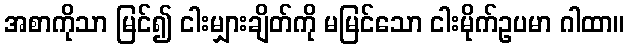
အစာကိုသာ မြင်၍ ငါးမျှားချိတ်ကို မမြင်သော ငါးမိုက်ဥပမာ ဂါထာ။